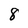
Character: 8